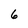
Character: 6